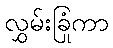
လွှမ်းခြုံကာ